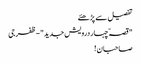
تفصیل سے پڑھئے
" قصہّ چہار درویش جدید"-ظفرجی
صاحبان !